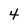
Character: 4